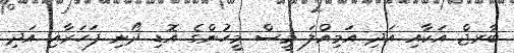
ބާރޖް އަކާއި އަދި އަމިއްލަ މީސް މީހުންގެ އޮޑި ދޯނި ފަހަރާއި އަދި